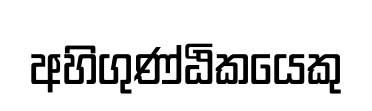
අහිගුණ්ඨිකයෙකු